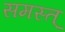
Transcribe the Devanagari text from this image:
समस्त्